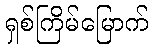
ရှစ်ကြိမ်မြောက်